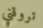
تروقني